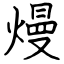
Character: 熳